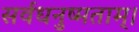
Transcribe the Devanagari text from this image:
सर्वधनुष्मताम्‌।